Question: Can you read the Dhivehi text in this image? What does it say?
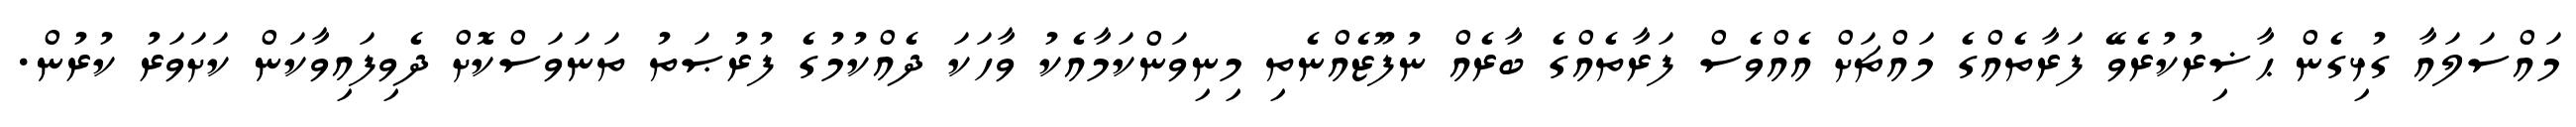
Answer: މައްސަލައާ ގުޅިގެން ޙާޟިރުކުރެވޭ ފަރާތެއްގެ މައްޗަށް އެއްވެސް ފަރާތެއްގެ ބާރެއް ނުފޫޒެއްނެތި މިނިވަންކަމާއެކު ވާހަކަ ދެއްކުމުގެ ފުރުޞަތު ތަނަވަސްކޮށް ދެވިފައިވާކަން ކަށަވަރު ކުރުން.